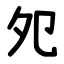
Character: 夗